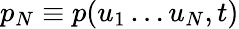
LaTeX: p_{N}\equiv p(u_{1}\dots u_{N},t)